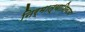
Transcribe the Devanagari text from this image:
निर्मात्याशिवाय